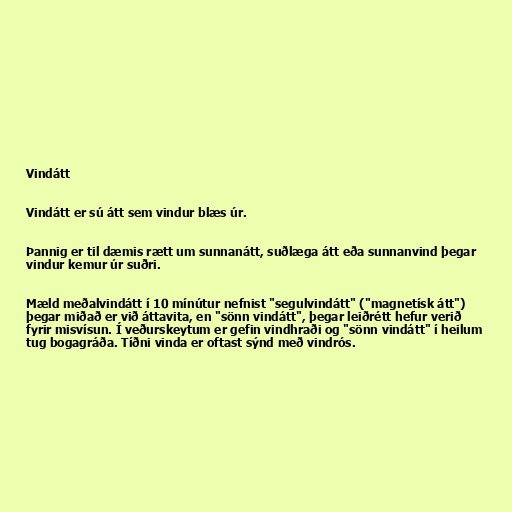
Vindátt

Vindátt er sú átt sem vindur blæs úr.

Þannig er til dæmis rætt um sunnanátt, suðlæga átt eða sunnanvind þegar
vindur kemur úr suðri.

Mæld meðalvindátt í 10 mínútur nefnist "segulvindátt" ("magnetísk átt")
þegar miðað er við áttavita, en "sönn vindátt", þegar leiðrétt hefur verið
fyrir misvísun. Í veðurskeytum er gefin vindhraði og "sönn vindátt" í heilum
tug bogagráða. Tíðni vinda er oftast sýnd með vindrós.